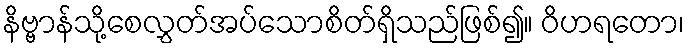
နိဗ္ဗာန်သို့စေလွှတ်အပ်သောစိတ်ရှိသည်ဖြစ်၍။ ဝိဟရတော၊